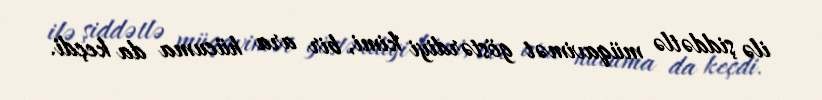
ilə şiddətlə müqavimət göstərdiyi kimi, bir ara hücuma da keçdi.